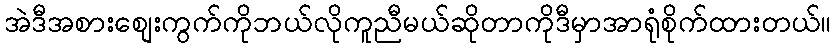
အဲဒီအစားစျေးကွက်ကိုဘယ်လိုကူညီမယ်ဆိုတာကိုဒီမှာအာရုံစိုက်ထားတယ်။